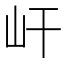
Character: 屽